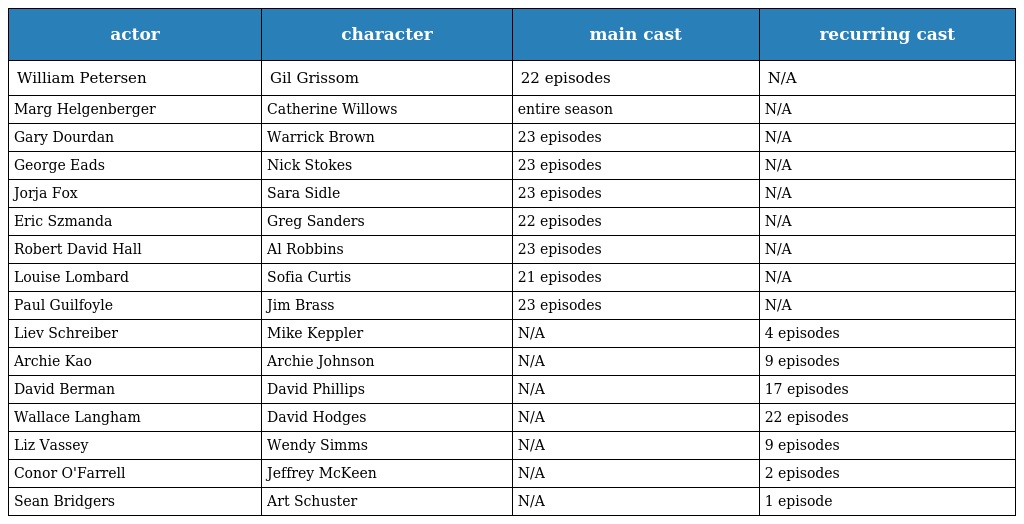
| actor | character | main cast | recurring cast |
 | --- | --- | --- | --- |
 | William Petersen | Gil Grissom | 22 episodes | N/A |
 | Marg Helgenberger | Catherine Willows | entire season | N/A |
 | Gary Dourdan | Warrick Brown | 23 episodes | N/A |
 | George Eads | Nick Stokes | 23 episodes | N/A |
 | Jorja Fox | Sara Sidle | 23 episodes | N/A |
 | Eric Szmanda | Greg Sanders | 22 episodes | N/A |
 | Robert David Hall | Al Robbins | 23 episodes | N/A |
 | Louise Lombard | Sofia Curtis | 21 episodes | N/A |
 | Paul Guilfoyle | Jim Brass | 23 episodes | N/A |
 | Liev Schreiber | Mike Keppler | N/A | 4 episodes |
 | Archie Kao | Archie Johnson | N/A | 9 episodes |
 | David Berman | David Phillips | N/A | 17 episodes |
 | Wallace Langham | David Hodges | N/A | 22 episodes |
 | Liz Vassey | Wendy Simms | N/A | 9 episodes |
 | Conor O'Farrell | Jeffrey McKeen | N/A | 2 episodes |
 | Sean Bridgers | Art Schuster | N/A | 1 episode |